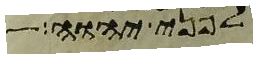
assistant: לפני יהוה